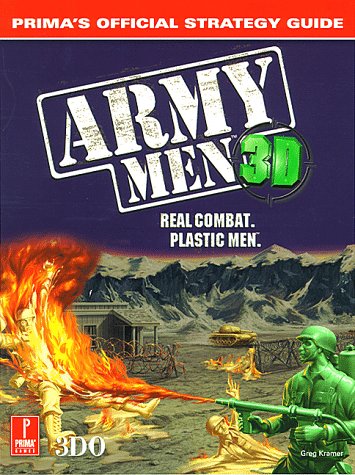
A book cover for Army Men 3D (Prima's Official Strategy Guide); Greg Kramer; Science Fiction & Fantasy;